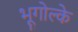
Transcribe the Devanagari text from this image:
भूगोल्के